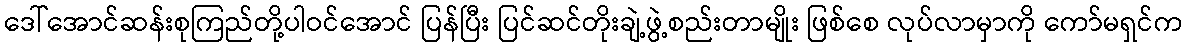
ဒေါ်အောင်ဆန်းစုကြည်တို့ပါဝင်အောင် ပြန်ပြီး ပြင်ဆင်တိုးချဲ့ဖွဲ့စည်းတာမျိုး ဖြစ်စေ လုပ်လာမှာကို ကော်မရှင်က